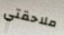
ملاحقتي